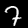
Digit: 7